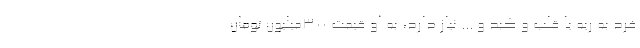
فرد به ریه یا قلب و کبد و ... نیاز دارد، به او قیمت ۳۰۰‌میلیون تومان